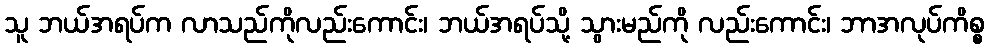
သူ ဘယ်အရပ်က လာသည်ကိုလည်းကောင်း၊ ဘယ်အရပ်သို့ သွားမည်ကို လည်းကောင်း၊ ဘာအလုပ်ကိစ္စ